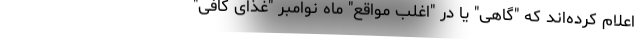
اعلام کرده‌اند که "گاهی" یا در "اغلب مواقع" ماه نوامبر "غذای کافی"